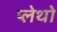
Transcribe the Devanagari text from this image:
प्लेथो